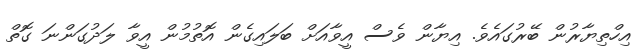
އިހްތިޔާރުން ބޭރުގައެވެ. އިޔާން ވެސް އީވާއަށް ބަލައިގެން އޮތުމުން އީވާ ލަދުގަންނަ ގޮތް